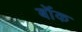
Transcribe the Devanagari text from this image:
बॉंक